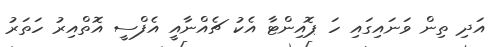
އަދި ތިން ވަނައިގައި ހަ ޕޮއިންޓާ އެކު ޗެއްނާއީ އެފްސީ އޮތްއިރު ހަތަރު